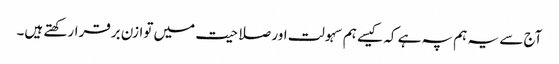
آج سے یہ ہم پہ ہے کہ کیسے ہم سہولت اور صلاحیت میں توازن برقرارکھتے ہیں۔